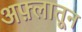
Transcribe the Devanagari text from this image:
अफ़्लातून